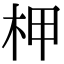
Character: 柙